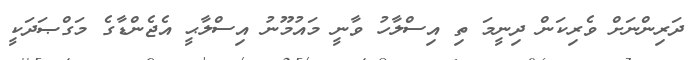
ދަރިންނަށް ވެރިކަން ދިނީމަ ތި އިސްލާހު ވާނީ މައުމޫނު އިސްލާޙީ އެޖެންޑާގެ މަގްޞަދަކީ